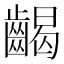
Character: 𪘹